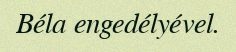
Béla engedélyével.